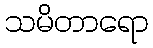
သမိတာရော